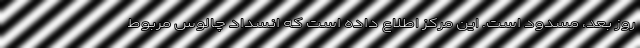
روز بعد، مسدود است. این مرکز اطلاع داده است که انسداد چالوس مربوط